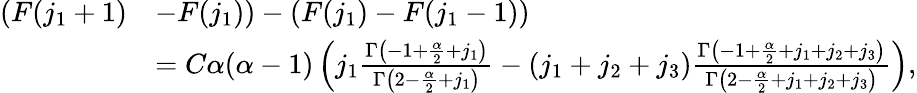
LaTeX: \begin{array}{rl}{(F(j_{1}+1)}&{-F(j_{1}))-(F(j_{1})-F(j_{1}-1))}\\ &{=C\alpha(\alpha-1)\left(j_{1}\frac{\Gamma\left(-1+\frac{\alpha}{2}+j_{1}\right)}{\Gamma\left(2-\frac{\alpha}{2}+j_{1}\right)}-(j_{1}+j_{2}+j_{3})\frac{\Gamma\left(-1+\frac{\alpha}{2}+j_{1}+j_{2}+j_{3}\right)}{\Gamma\left(2-\frac{\alpha}{2}+j_{1}+j_{2}+j_{3}\right)}\right),}\end{array}